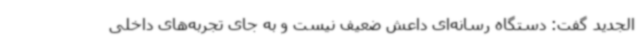
الجدید گفت: دستگاه رسانه‌ای داعش ضعیف نیست و به جای تجربه‌های داخلی